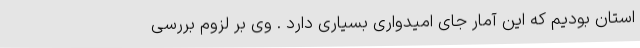
استان بودیم که این آمار جای امیدواری بسیاری دارد . وی بر لزوم بررسی